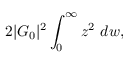
2 | { \cal G } _ { 0 } | ^ { 2 } \int _ { 0 } ^ { \infty } z ^ { 2 } ~ d w ,